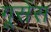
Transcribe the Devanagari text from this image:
गूसेंस